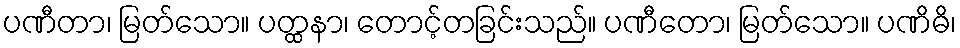
ပဏီတာ၊ မြတ်သော။ ပတ္ထနာ၊ တောင့်တခြင်းသည်။ ပဏီတော၊ မြတ်သော။ ပဏိဓိ၊